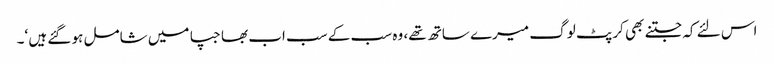
اس لئے کہ جتنے بھی کرپٹ لوگ میرے ساتھ تھے، وہ سب کے سب اب بھاجپا میں شامل ہو گئے ہیں ‘۔